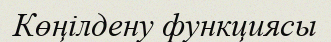
Көңілдену функциясы